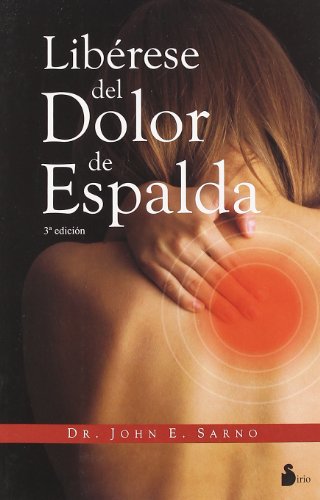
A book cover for Liberese del dolor de espalda (Spanish Edition); John E. Sarno; Health, Fitness & Dieting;